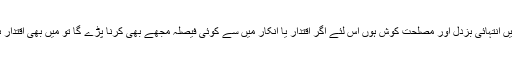
ضروری وضاحت:میں انتہائی بزدل اور مصلحت کوش ہوں اس لئے اگر اقتدار یا انکار میں سے کوئی فیصلہ مجھے بھی کرنا پڑے گا تو میں بھی اقتدار ہی کو ترجیح دوں گا۔